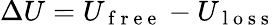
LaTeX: \Delta U=U_{\mathrm{~f~r~e~e~}}-U_{\mathrm{~l~o~s~s~}}